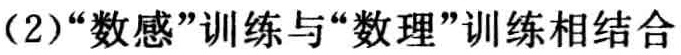
（2）“数感”训练与“数理”训练相结合